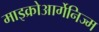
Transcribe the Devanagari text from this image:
माइक्रोआर्गेनिज्म